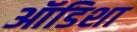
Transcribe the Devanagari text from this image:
ऑडिशा